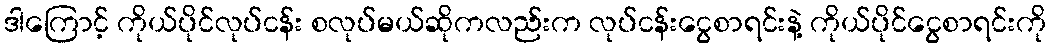
ဒါကြောင့် ကိုယ်ပိုင်လုပ်ငန်း စလုပ်မယ်ဆိုကလည်းက လုပ်ငန်းငွေစာရင်းနဲ့ ကိုယ်ပိုင်ငွေစာရင်းကို